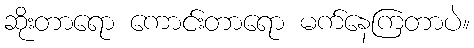
ဆိုးတာရော ကောင်းတာရော မက်နေကြတာပဲ။